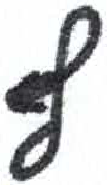
אות: ף